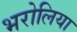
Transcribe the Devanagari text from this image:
भरोलिया